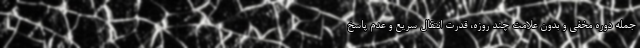
جمله دوره مخفی و بدون علامت چند روزه، قدرت انتقال سریع و عدم پاسخ